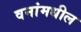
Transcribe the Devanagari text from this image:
वनांमधील